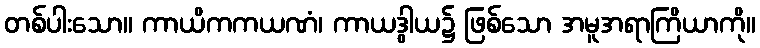
တစ်ပါးသော။ ကာယိကကယဏံ၊ ကာယဒွါယ၌ ဖြစ်သော အမူအရာကြိယာကို။